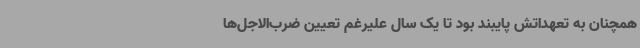
همچنان به تعهداتش پایبند بود تا یک سال علیرغم تعیین ضرب‌الاجل‌ها